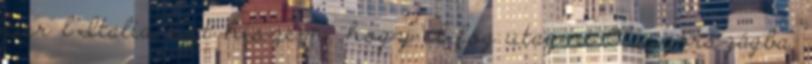
per l’Italia. Azt hiszem, hogy el fog utazni Olaszországba.